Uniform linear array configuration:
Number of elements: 8
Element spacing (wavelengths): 0.25
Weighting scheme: hann
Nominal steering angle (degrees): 0
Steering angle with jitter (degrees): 0.4585
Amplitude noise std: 0.05
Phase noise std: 0.05

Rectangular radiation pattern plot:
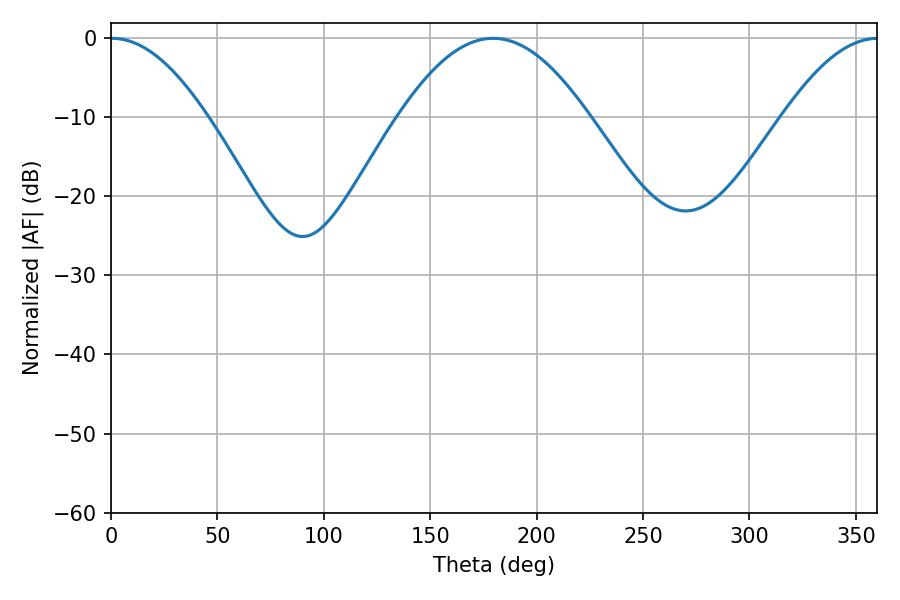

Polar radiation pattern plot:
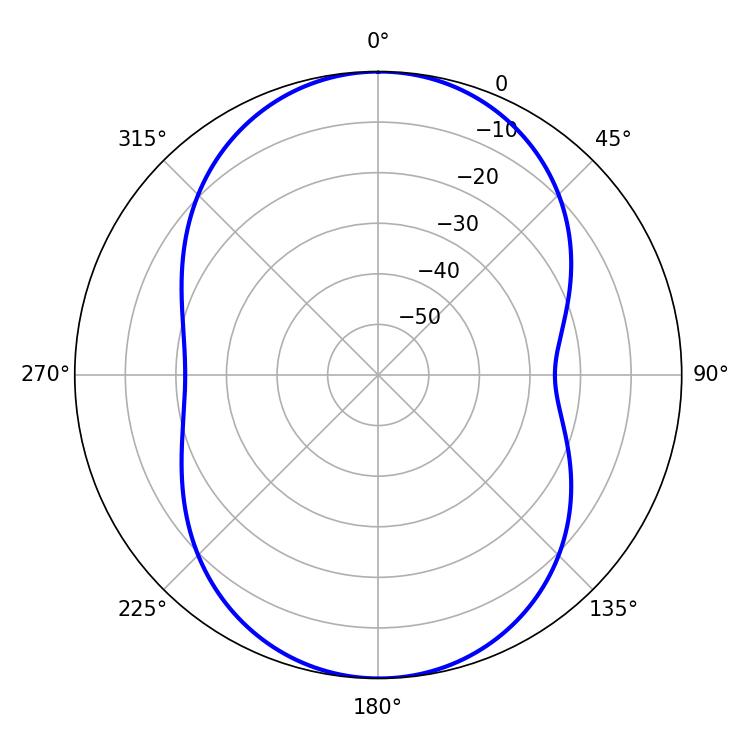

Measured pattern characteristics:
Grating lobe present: FALSE
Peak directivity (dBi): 27.446
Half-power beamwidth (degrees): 24.66
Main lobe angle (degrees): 0.36